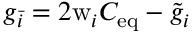
g _ { \bar { i } } = 2 \mathrm { w } _ { i } C _ { \mathrm { e q } } - \tilde { g } _ { i }